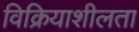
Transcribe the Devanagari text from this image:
विक्रियाशीलता